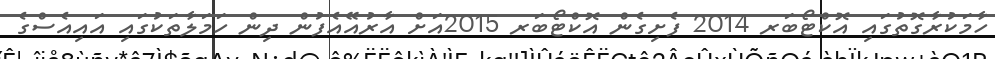
ހާމަކުރާގޮތުގައި އޮކްޓޯބަރ 2014 ފެށިގެން އޮކްޓޯބަރ 2015އަށް އާރުއޭއެފުން ދިން ހަމަލާތަކުގައި އައިއެސްގެ